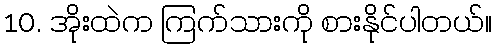
10. အိုးထဲက ကြက်သားကို စားနိုင်ပါတယ်။